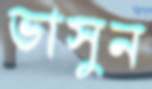
ভাসুন